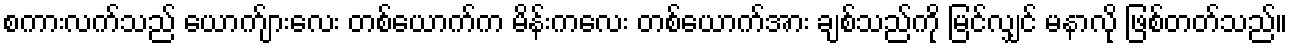
စကားလက်သည် ယောက်ျားလေး တစ်ယောက်က မိန်းကလေး တစ်ယောက်အား ချစ်သည်ကို မြင်လျှင် မနာလို ဖြစ်တတ်သည်။